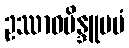
ဥဿာဝဗိန္ဒူပမံ